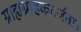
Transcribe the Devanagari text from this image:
ग्राह्यग्राहकवर्जता।